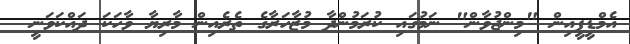
އެމްޑީޕީއިން "މިންޖުވާން" ނަމުގައި ކުރަމުންދާ މުޒާހަރާގެ ތެރެއިން މާރިޔާ ވާހަކަ ދައްކަވަނީ